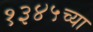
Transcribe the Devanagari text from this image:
१३४५च्या